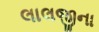
લાલજીના